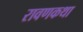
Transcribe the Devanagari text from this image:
रावणकथा